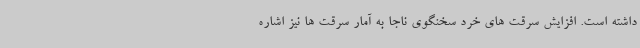
داشته است. افزایش سرقت های خرد سخنگوی ناجا به آمار سرقت ها نیز اشاره